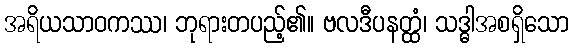
အရိယသာဝကဿ၊ ဘုရားတပည့်၏။ ဗလဒီပနတ္ထံ၊ သဒ္ဓါအစရှိသော